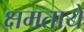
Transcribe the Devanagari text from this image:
क्षमतायें